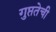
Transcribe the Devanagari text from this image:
गुप्ततेची